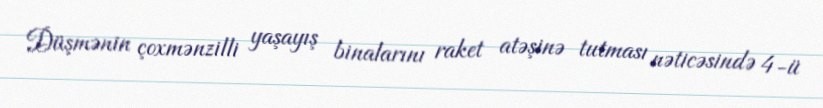
Düşmənin çoxmənzilli yaşayış binalarını raket atəşinə tutması nəticəsində 4-ü